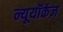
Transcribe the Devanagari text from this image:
न्यूयॉर्कज़